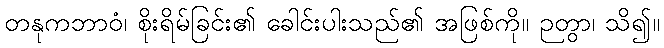
တနုကဘာဝံ၊ စိုးရိမ်ခြင်း၏ ခေါင်းပါးသည်၏ အဖြစ်ကို။ ဉတွာ၊ သိ၍။